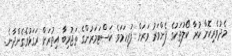
މެދުވެރިކޮށް ކުރާ ކޯލުތަކުގެ ފެންވަރު ވަރަށް ފުރިހަމަވެ ކަސްޓަމަރުންގެ ތަޖުރިބާ އިތުރަށް ރަގަޅުވެގެންދާނެ.